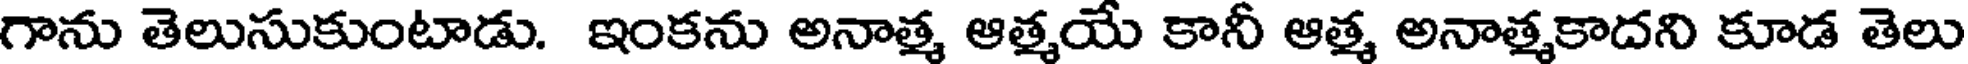
గాను తెలుసుకుంటాడు. ఇంకను అనాత్మ ఆత్మయే కానీ ఆత్మ అనాత్మకాదని కూడ తెలు